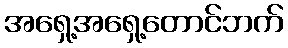
အရှေ့အရှေ့တောင်ဘက်